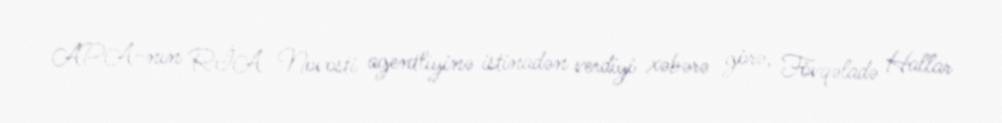
APA-nın RİA Novosti agentliyinə istinadən verdiyi xəbərə görə, Fövqəladə Hallar